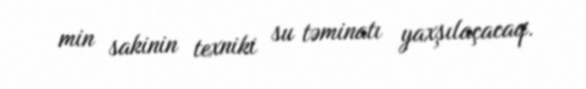
min sakinin texniki su təminatı yaxşılaçacaq.